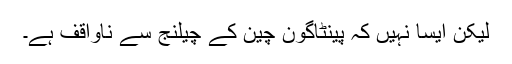
لیکن ایسا نہیں کہ پینٹاگون چین کے چیلنج سے ناواقف ہے۔